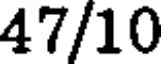
47/10